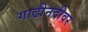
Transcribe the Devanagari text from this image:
गाढीनदीवर